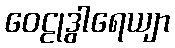
ဝေဠုဒွါရေယျာ